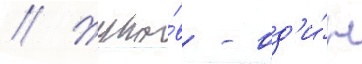
// Жуко́в - од'и́н